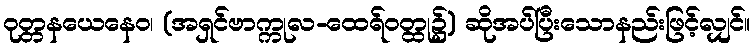
ဝုတ္တနယေနေဝ၊ (အရှင်ဗာက္ကုလ-ထေရ်ဝတ္ထု၌) ဆိုအပ်ပြီးသောနည်းဖြင့်လျှင်။